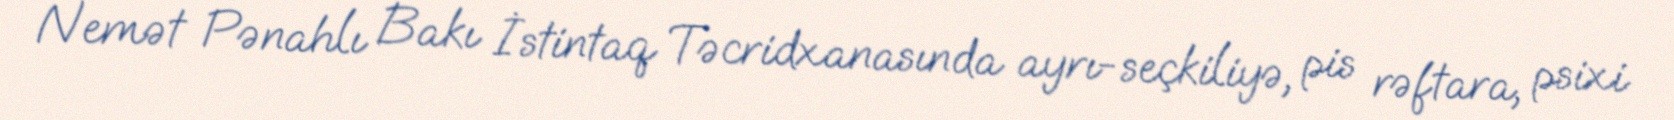
Nemət Pənahlı Bakı İstintaq Təcridxanasında ayrı-seçkiliyə, pis rəftara, psixi